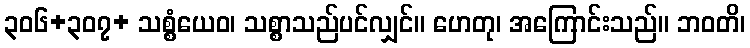
၃၀၆+၃၀၇+ သစ္စံယေဝ၊ သစ္စာသည်ပင်လျှင်။ ဟေတု၊ အကြောင်းသည်။ ဘဝတိ၊